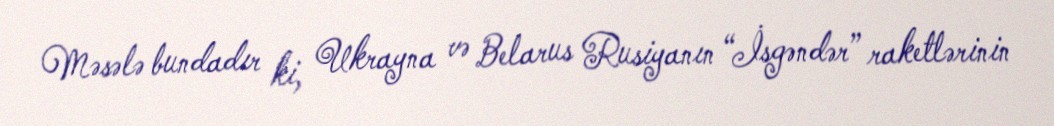
Məsələ bundadır ki, Ukrayna və Belarus Rusiyanın “İsgəndər” raketlərinin